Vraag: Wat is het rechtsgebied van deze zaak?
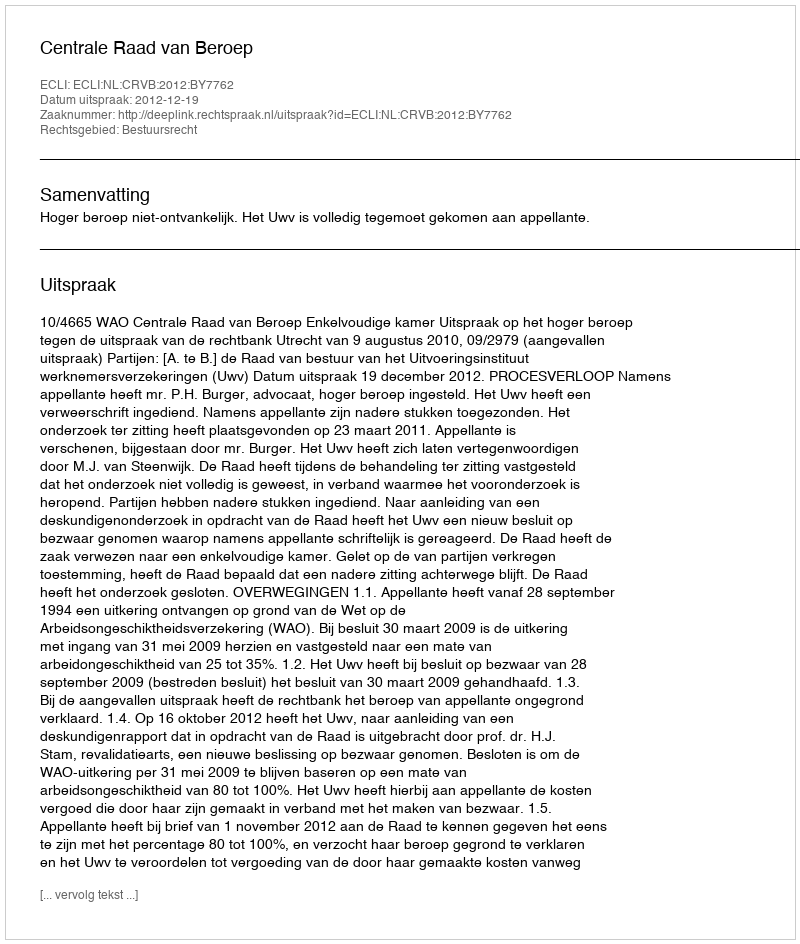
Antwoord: Bestuursrecht